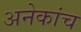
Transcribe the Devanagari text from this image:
अनेकांच